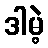
ဒါမဲ့